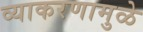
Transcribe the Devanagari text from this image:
व्याकरणामुळे